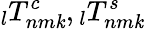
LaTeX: \phantom{}_{l}T_{nm\mathit{k}}^{c},\phantom{}_{l}T_{nm\mathit{k}}^{s}